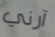
آرني